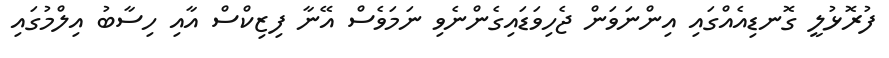
ފުރޮޅުލީ ގޮނޑިއެއްގައި އިންނަވަން ޖެހިވަޑައިގެންނެވި ނަމަވެސް އޭނާ ފިޒިކްސް އާއި ހިސާބު އިލްމުގައި